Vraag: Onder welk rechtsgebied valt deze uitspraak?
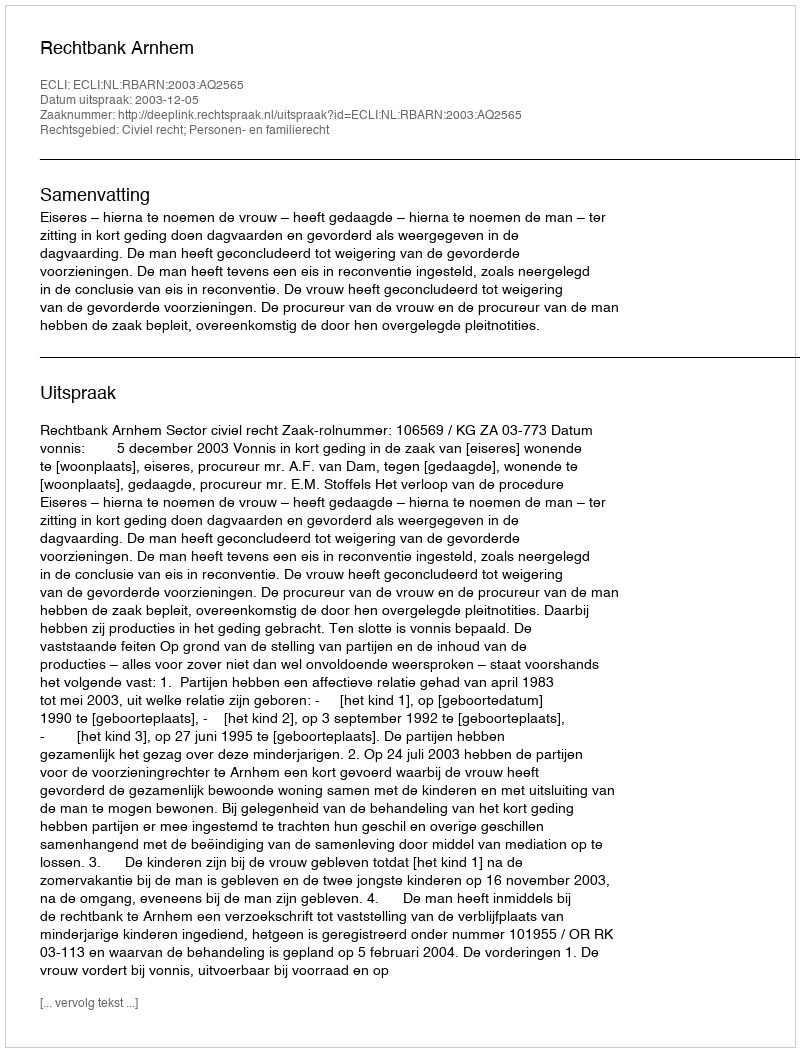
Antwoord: Civiel recht; Personen- en familierecht